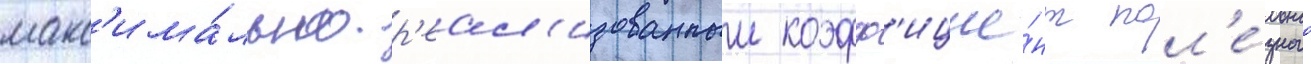
макс'има́льно р'еал'изованныи коэфф'ицие́нт пол'е́зного